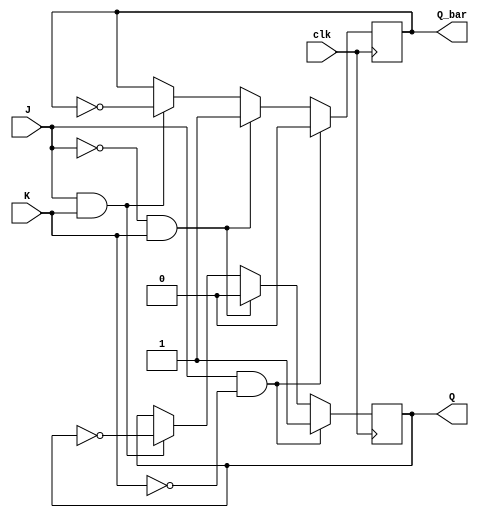
module jk_latch (
    input J,
    input K,
    input clk,
    output reg Q,
    output reg Q_bar
);

always @(posedge clk) begin
    if (J & !K) begin
        Q <= 1;
        Q_bar <= 0;
    end else if (!J & K) begin
        Q <= 0;
        Q_bar <= 1;
    end else if (J & K) begin
        Q <= ~Q;
        Q_bar <= ~Q_bar;
    end
end

endmodule